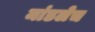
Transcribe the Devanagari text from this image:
मांडलेच